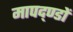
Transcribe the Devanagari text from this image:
मापद्ण्डों